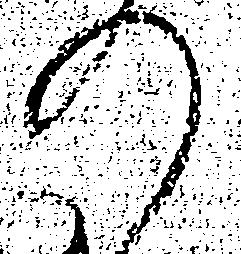
の